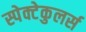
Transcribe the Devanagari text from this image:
स्पेक्टेकुलर्स